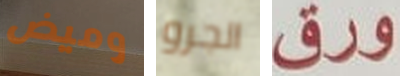
وميض الجرو ورق